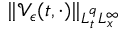
\| \mathcal { V } _ { \epsilon } ( t , \cdot ) \| _ { L _ { t } ^ { q } L _ { x } ^ { \infty } }